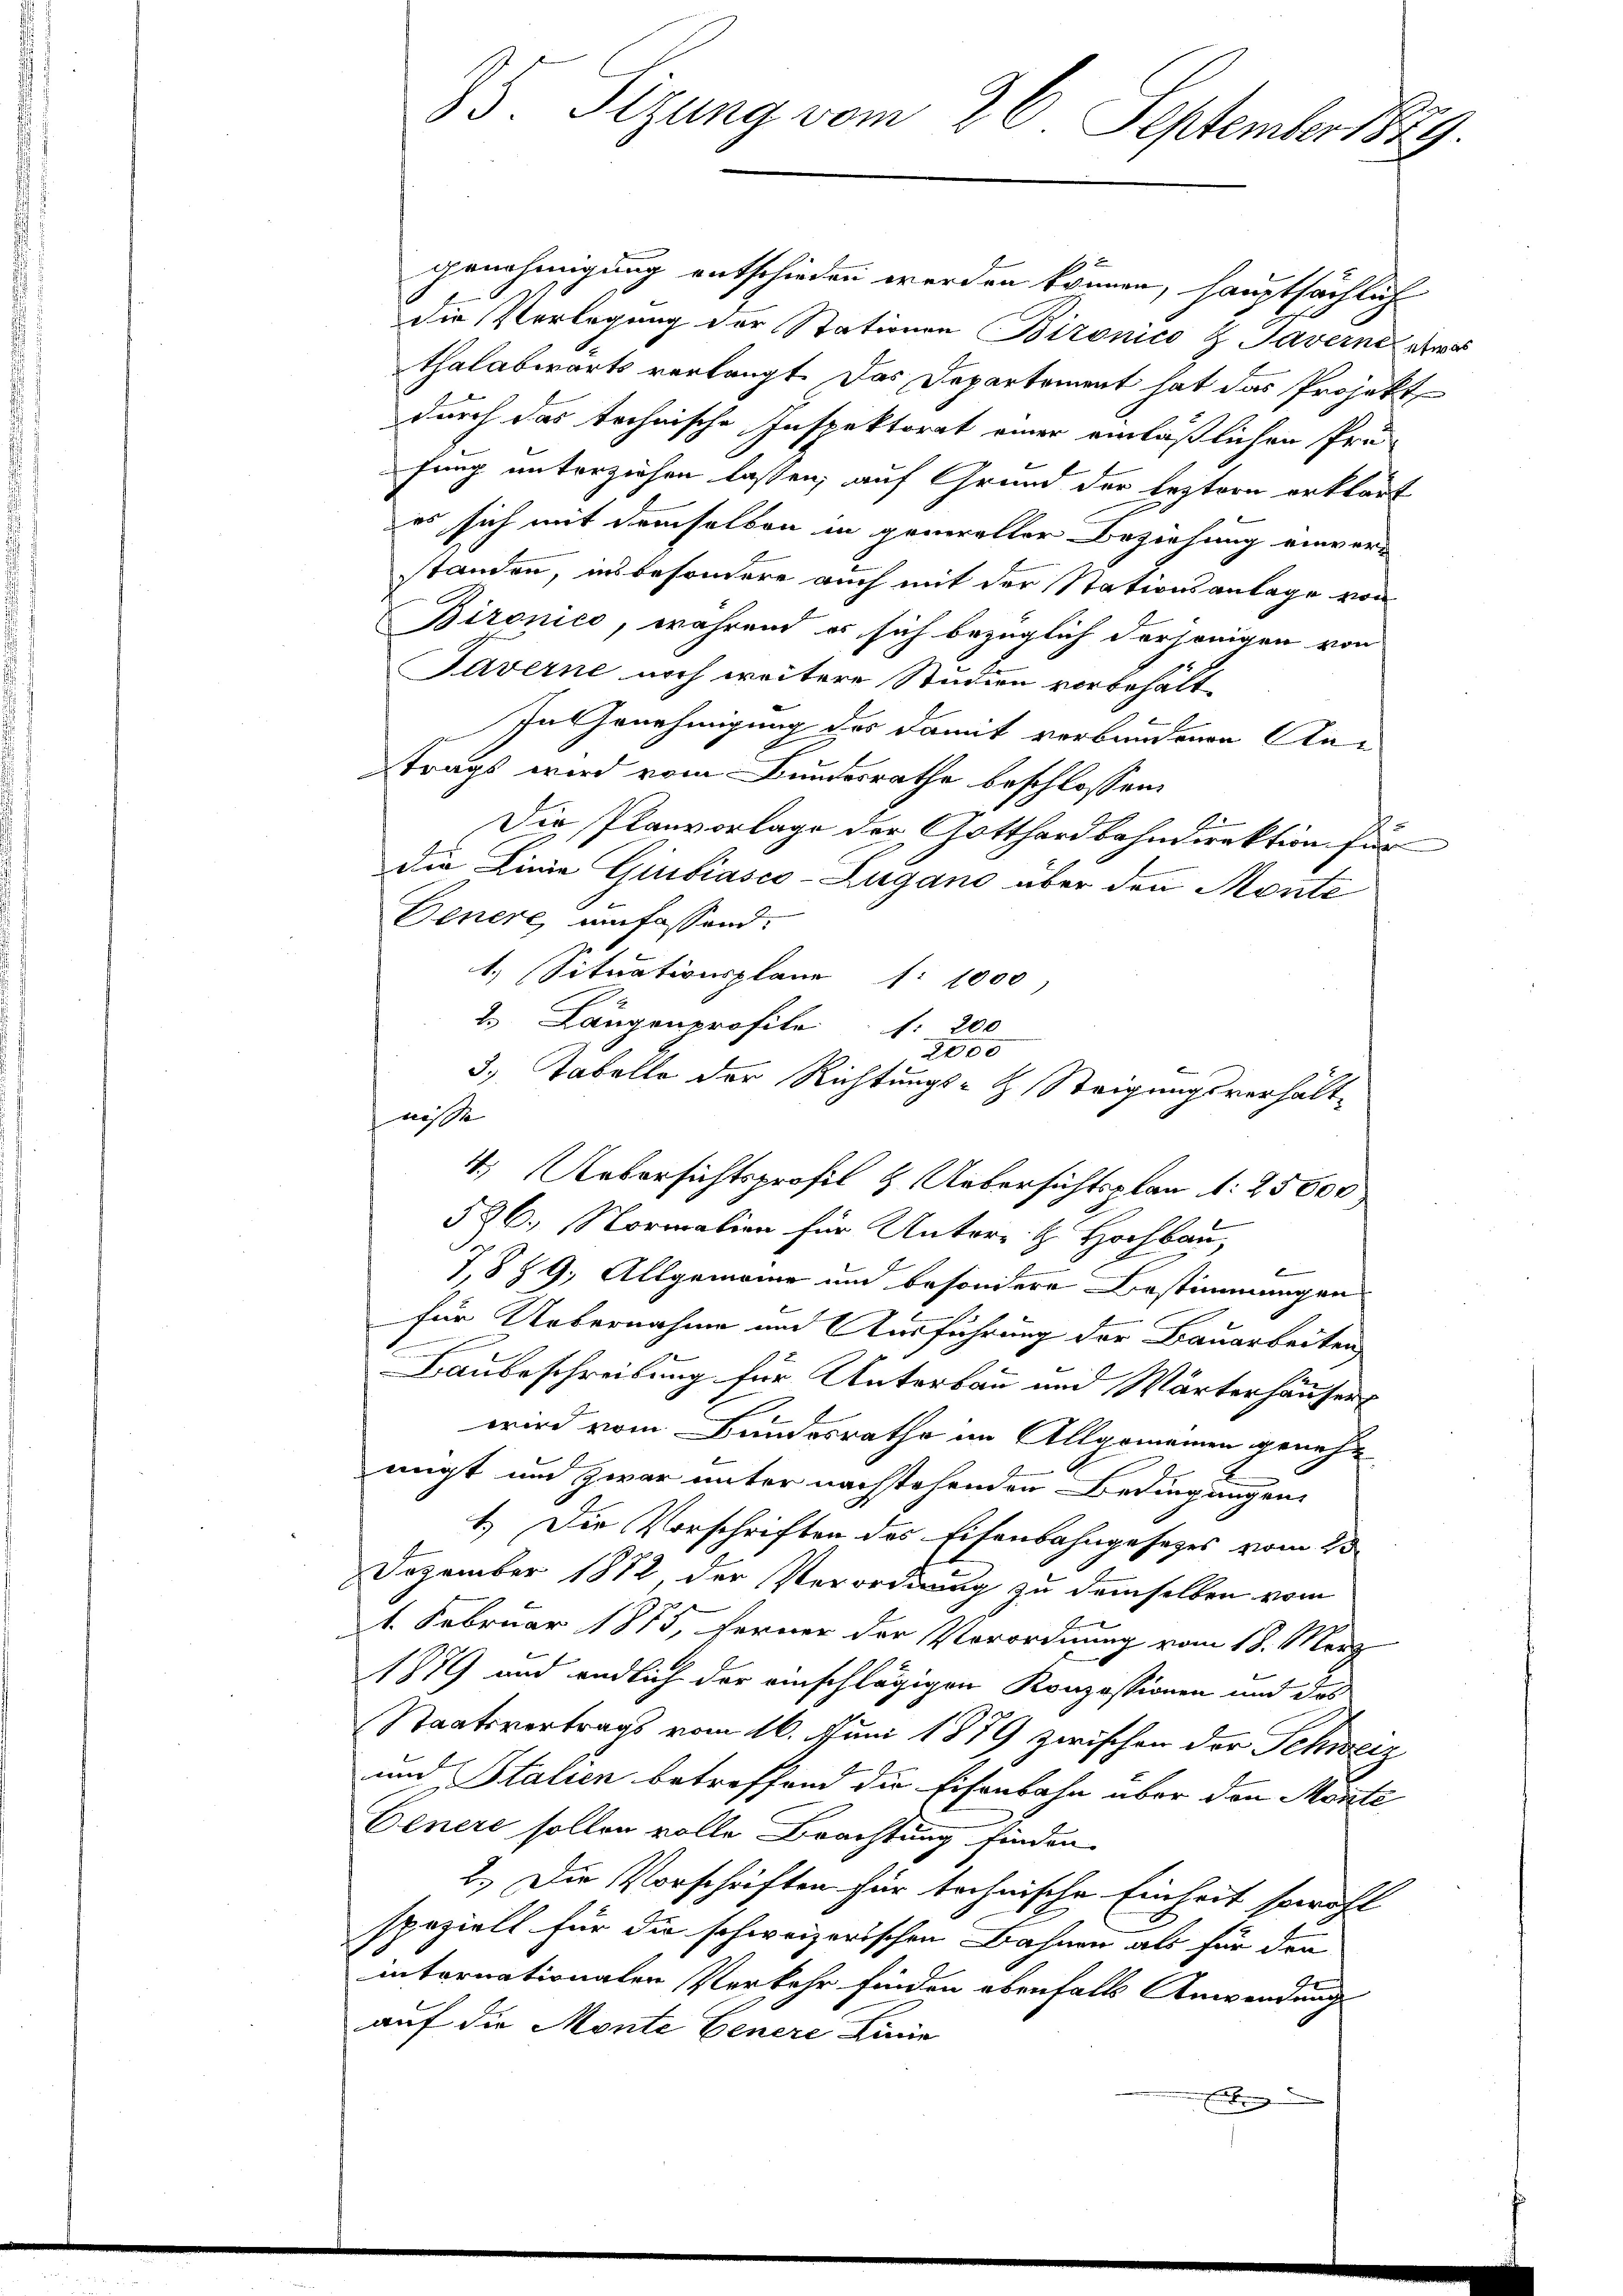
genehmigung entschieden werden können, hauptsächlich
die Verlegung der Stationen Bironico & Taverne etwas
thalabwärts verlangt. Das Departement hat das Projekt
durch das technische Inspektorat einer einläßlichen Prüfung unterziehen lassen, auf Grund der leztern erklärt
es sich mit demselben in generaller Beziehung einver-
standen, insbesondere auch mit der Stationsanlage von
Bironico, während er sich bezüglich derjenigen von
Taverne noch weitere Studien vorbehält¬
 In Genehmigung des damit verbundenen Antrags wird vom Bundesrathe beschlossen:
Die Planvorlage der Gotthardbahndirektion für
die Linie Giubiasco-Zugano aber den Monte
Denere, umfassend:
1. Situationsplane : 1000
2 Längenprofile 1. 200
2000
3.) Tabelle der Richtungs- & Steigungsverhält-
nisse
4 Aebersichtsprofil & Uebersichtsplan 1. 25000
526. Normalien für Unterr. H. Hochbau,
7,889, Allgemeine und besondere Bestimmungen
für Uebernahme und Ausführung der Bauarbeiten,
Baubeschreibung für Unterbau und Wärterhäuser
wird vom Bundesrathe im Allgemeinen genehm
migt und zwar unter nachstehenden Bedingungen
1.) Die Vorschriften des Eisenbahngesetzes vom 23
Dezember 1882 der Verordnung zu demselben vom
21. Februar 1875, ferner der Verordnung vom 18. März
1879 und endlich der einschlägigen Konzessionen und das
Staatsvertrags vom 16. Juni 1879 zwischen der Schweiz
und Stalien betreffend die Eisenbahn über den Monte
Oenere sollen volle Brachtung finden.
2.) Die Vorschriften für technische Einheit sowohl
spezielt für die schweizerischen Bahnen als für den
intornationalen Verkehr finden ebenfalls Anwendung
auf die Monte Genere Linie
 Einbrunn

85 Sizung vom 26. September 1889.